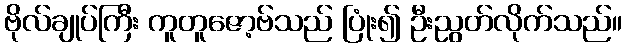
ဗိုလ်ချုပ်ကြီး ကူတူဇော့ဗ်သည် ပြုံး၍ ဦးညွတ်လိုက်သည်။